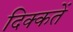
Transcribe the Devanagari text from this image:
दिक्‍कतें